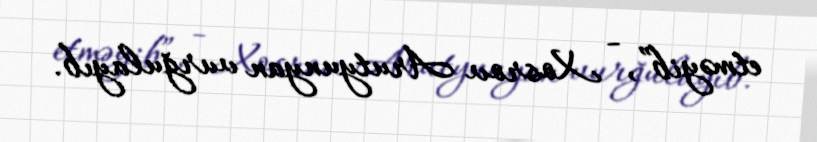
etməyib”, - Xosrov Arutyunyan vurğulayıb.